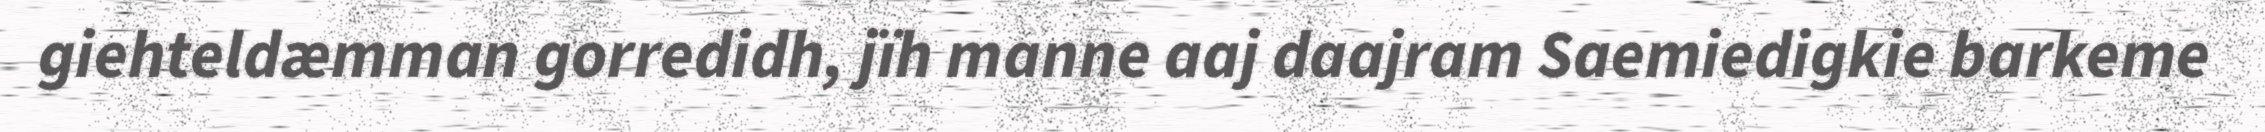
giehteldæmman gorredidh, jïh manne aaj daajram Saemiedigkie barkeme